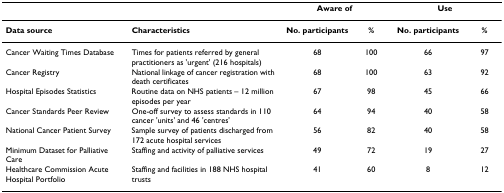
|  |  | <COLSPAN=2> Aware of | <COLSPAN=2> Use |
 | --- | --- | --- | --- | --- | --- |
 | Data source | Characteristics | No. participants | % | No. participants | % |
 | Cancer Waiting Times Database | Times for patients referred by general practitioners as 'urgent' (216 hospitals) | 68 | 100 | 66 | 97 |
 | Cancer Registry | National linkage of cancer registration with death certificates | 68 | 100 | 63 | 92 |
 | Hospital Episodes Statistics | Routine data on NHS patients – 12 million episodes per year | 67 | 98 | 45 | 66 |
 | Cancer Standards Peer Review | One-off survey to assess standards in 110 cancer 'units' and 46 'centres' | 64 | 94 | 40 | 58 |
 | National Cancer Patient Survey | Sample survey of patients discharged from 172 acute hospital services | 56 | 82 | 40 | 58 |
 | Minimum Dataset for Palliative Care | Staffing and activity of palliative services | 49 | 72 | 19 | 27 |
 | Healthcare Commission Acute Hospital Portfolio | Staffing and facilities in 188 NHS hospital trusts | 41 | 60 | 8 | 12 |